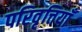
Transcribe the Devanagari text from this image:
परिवृत्तियाँ